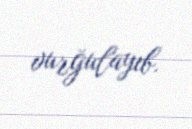
vurğulayıb.